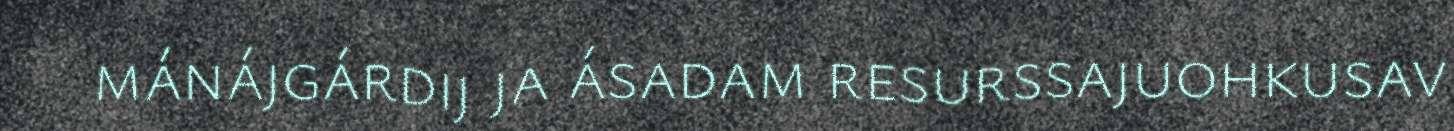
mánájgárdij ja ásadam resurssajuohkusav